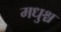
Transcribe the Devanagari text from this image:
मधुश्च